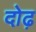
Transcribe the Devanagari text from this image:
दोढ़